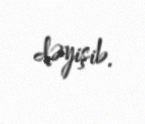
dəyişib.